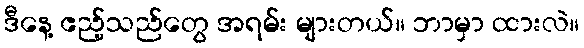
ဒီနေ့ ဧည့်သည်တွေ အရမ်း များတယ်။ ဘာမှာ ထားလဲ။